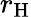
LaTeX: r_{\mathrm{H}}